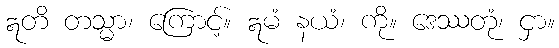
ဣတိ တသ္မာ၊ ကြောင့်။ ဣမံ နယံ၊ ကို။ ဒေဿတုံ၊ ငှာ။